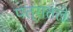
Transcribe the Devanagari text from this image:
पत्रातले